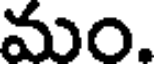
మం.